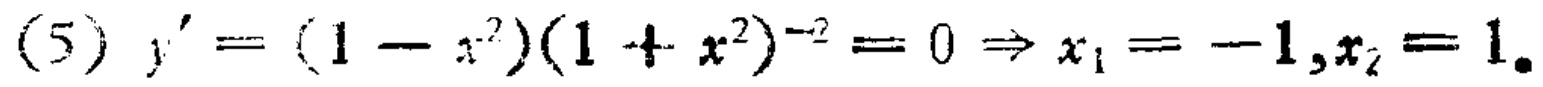
\((5) \ y'=(1 - x^{2})(1 + x^{2})^{-2}=0\Rightarrow x_{1}=-1,x_{2}=1\)